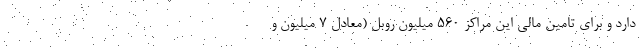
دارد و برای تامین مالی این مراکز ۵۶۰ میلیون روبل (معادل ۷ میلیون و